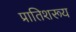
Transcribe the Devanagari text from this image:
प्रातिशरूय